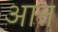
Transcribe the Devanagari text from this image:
आत्त